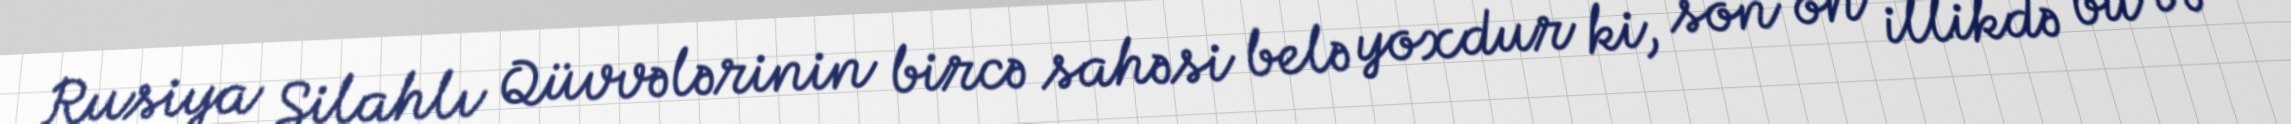
Rusiya Silahlı Qüvvələrinin bircə sahəsi belə yoxdur ki, son on illikdə bu və